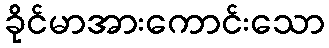
ခိုင်မာအားကောင်းသော